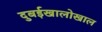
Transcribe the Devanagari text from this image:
दुबईखालोखाल